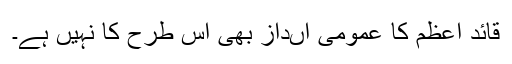
قائد اعظم کا عمومی اںداز بھی اس طرح کا نہیں ہے۔